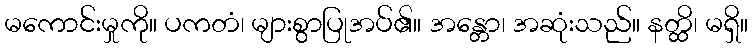
မကောင်းမှုကို။ ပကတံ၊ များစွာပြုအပ်၏။ အန္တော၊ အဆုံးသည်။ နတ္ထိ၊ မရှိ။